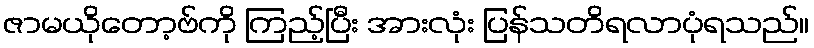
ဇာမယိုတော့ဗ်ကို ကြည့်ပြီး အားလုံး ပြန်သတိရလာပုံရသည်။